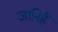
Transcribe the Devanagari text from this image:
जानिहैं